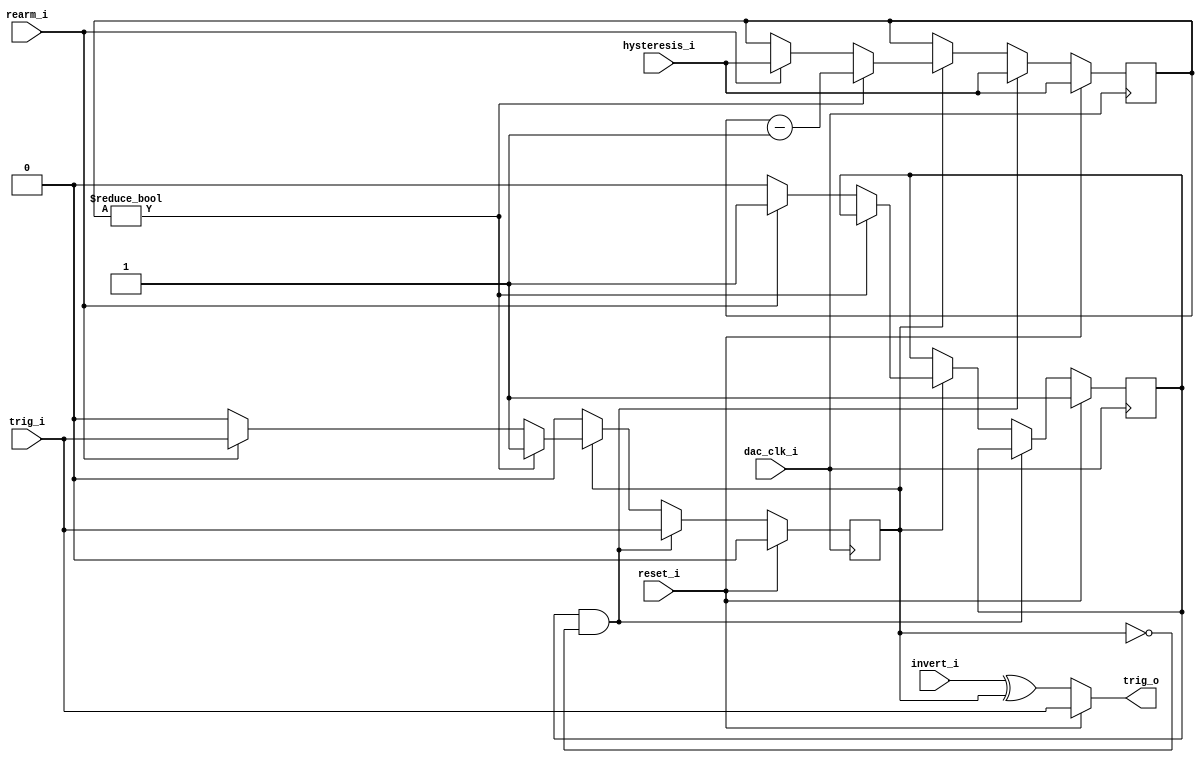
//////////////////////////////////////////////////////////////////////////////////
// Company: LKB
// 
// Design Name: 
// Module Name: i_adv_trigger
// Project Name: 
// Target Devices: 
// Tool Versions: 
// Description: 
// 
// Dependencies: 
// 
// Revision:
// Revision 0.01 - File Created
// Additional Comments:
// 
//////////////////////////////////////////////////////////////////////////////////
/*
###############################################################################
#    pyrpl - DSP servo controller for quantum optics with the RedPitaya
#    Copyright (C) 2014-2016  Leonhard Neuhaus  (neuhaus@spectro.jussieu.fr)
#
#    This program is free software: you can redistribute it and/or modify
#    it under the terms of the GNU General Public License as published by
#    the Free Software Foundation, either version 3 of the License, or
#    (at your option) any later version.
#
#    This program is distributed in the hope that it will be useful,
#    but WITHOUT ANY WARRANTY; without even the implied warranty of
#    MERCHANTABILITY or FITNESS FOR A PARTICULAR PURPOSE.  See the
#    GNU General Public License for more details.
#
#    You should have received a copy of the GNU General Public License
#    along with this program.  If not, see <http://www.gnu.org/licenses/>.
############################################################################### 
*/

// Usage of the module:
// feed the on_clockcycles into hysteresis_i
// feed the raw trigger input into trig_i
// connect trig_o to the device to be triggered
// optionally set invert flag and the flag rearm_i if you want the trigger to rearm by itself
// set reset flag to true to reset the trigger. set it then to false to arm it.

// once trig_i goes high, trig_o will remain high for hysteresis_i cycles and then go low
// if the rearl_i flag is set, trigger will automatically rearm
// otherwise, reset must be manually set to true and then to false to rearm the trigger 



module red_pitaya_adv_trigger #(
    parameter COUNTERSZ = 64
)
(
    input           dac_clk_i,
    input           reset_i,  
    input           trig_i,
    output          trig_o,
    input           rearm_i,
    input           invert_i,
    input [COUNTERSZ-1:0]  hysteresis_i //stay on for hysteresis_i cycles
    );

reg [COUNTERSZ-1:0] counter;
reg triggered;
reg armed;

always @(posedge dac_clk_i) begin
    //reset
    if (reset_i == 1'b1) begin
        triggered <= 1'b0;
        armed <= 1'b1;
        counter <= hysteresis_i;
        end
    //system is armed, and therefore copies the incident trigger 
    else if (armed&(!triggered)) begin
        triggered <= trig_i;
        counter <= hysteresis_i;
        end
    //system has been triggered in a previous cycle
    else if (triggered) begin
        if ( counter != {COUNTERSZ{1'b0}} ) //normal countdown in progress, nothing to change
            counter <= counter - {{COUNTERSZ-1{1'b0}},1'b1};
        else begin               //countdown arrived at zero
            if (rearm_i) begin    //automatic rearming is configured
                triggered <= trig_i; // prepare for the next trigger. This can already happen next cycle, i.e. without interruption
                armed <= 1'b1;       //
                counter <= hysteresis_i; //reset the counter nevertheless 
                end
            else begin  //no auto rearm. Stall the trigger until it is reset
                triggered <= 1'b0; //un-trigger
                armed <= 1'b0;     //un-arm
                //counter <= hysteresis_i
                end
        end
    end
end

assign trig_o = reset_i ? trig_i : (invert_i ^ triggered);

endmodule